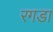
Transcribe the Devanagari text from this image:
रगडा